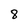
Character: 8